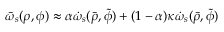
\bar { \omega } _ { s } ( \rho , \phi ) \approx \alpha \dot { \omega } _ { s } ( \bar { \rho } , \widetilde { \phi } ) + ( 1 - \alpha ) \kappa \dot { \omega } _ { s } ( \bar { \rho } , \widetilde { \phi } )